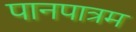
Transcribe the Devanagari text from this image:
पानपात्रम